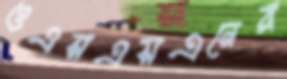
ওএসএসএনের